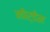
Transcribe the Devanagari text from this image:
नोर्डेन